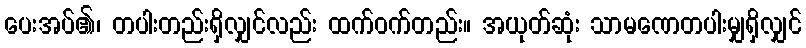
ပေးအပ်၏၊ တပါးတည်းရှိလျှင်လည်း ထက်ဝက်တည်း။ အယုတ်ဆုံး သာမဏေတပါးမျှရှိလျှင်